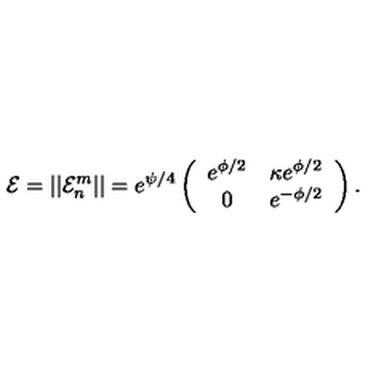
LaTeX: { \cal E } = | | { \cal E } _ { n } ^ { m } | | = e ^ { \psi / 4 } \left( \begin{array} { c c } { e ^ { \phi / 2 } } & { \kappa e ^ { \phi / 2 } } \\ { 0 } & { e ^ { - \phi / 2 } } \\ \end{array} \right) .